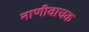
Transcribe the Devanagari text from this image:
नाणीवाचक